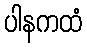
ပါနကထံ